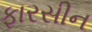
ફારસીન